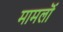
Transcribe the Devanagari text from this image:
मामलॊं